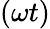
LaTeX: (\omega t)